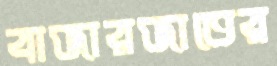
বাজারজাতের